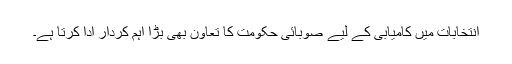
انتخابات میں کامیابی کے لیے صوبائی حکومت کا تعاون بھی بڑا اہم کردار ادا کرتا ہے۔